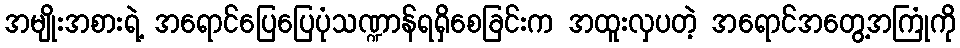
အမျိုးအစားရဲ့ အရောင်ပြေပြေပုံသဏ္ဍာန်ရရှိစေခြင်းက အထူးလှပတဲ့ အရောင်အတွေ့အကြုံကို